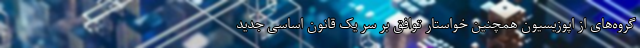
گروه‌های از اپوزیسیون همچنین خواستار توافق بر سر یک قانون اساسی جدید